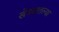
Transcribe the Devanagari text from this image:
खेड्यातल्या